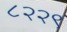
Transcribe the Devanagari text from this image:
८२२९